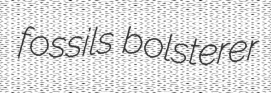
fossils bolsterer